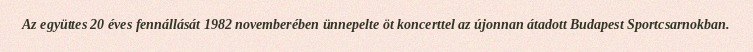
Az együttes 20 éves fennállását 1982 novemberében ünnepelte öt koncerttel az újonnan átadott Budapest Sportcsarnokban.